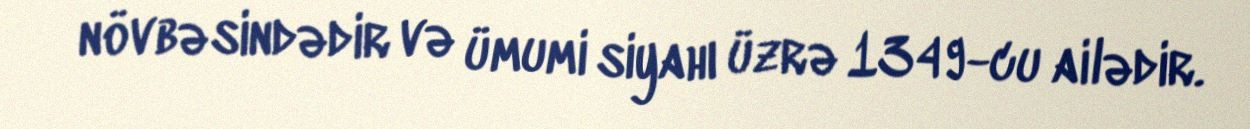
növbəsindədir və ümumi siyahı üzrə 1349-cu ailədir.